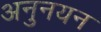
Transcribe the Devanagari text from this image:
अनुनयन